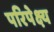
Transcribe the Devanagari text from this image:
परिपेक्ष्‍य